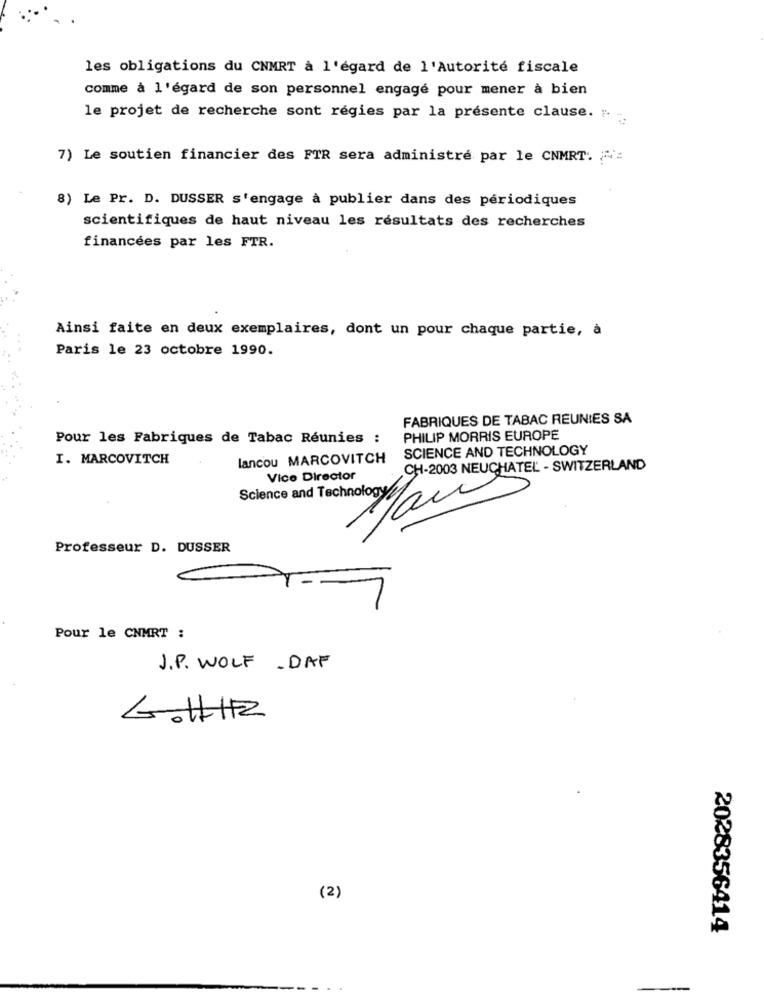
les obligations du CNMRT à l'égard de l'Autorité fiscale
comme à l'égard de son personnel engagé pour mener à bien
le projet de recherche sont régies par la présente clause. "
7) Le soutien financier des FTR sera administré par le CNMRT. .:
8) Le Pr. D. DUSSER s'engage à publier dans des périodiques
scientifiques de haut niveau les résultats des recherches
financées par les FTR.
Ainsi faite en deux exemplaires, dont un pour chaque partie, à
Paris le 23 octobre 1990.
FABRIQUES DE TABAC REUNIES SA
Pour les Fabriques de Tabac Réunies :
PHILIP MORRIS EUROPE
SCIENCE AND TECHNOLOGY
I. MARCOVITCH
lancou MARCOVITCH
CH-2003 NEUCHATEL - SWITZERLAND
Vice Director
Science and Technology
Professeur D. DUSSER
Pour le CNMRT :
J. P. WOLF . DAF
(2)
2028356414
-